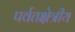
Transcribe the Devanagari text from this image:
पर्वतक्षेत्रीय